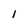
Character: 1